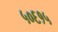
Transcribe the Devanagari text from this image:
५०६१५